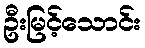
ဦးမြင့်သောင်း